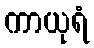
ကာယုရံ